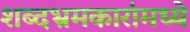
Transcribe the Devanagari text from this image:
शब्दभ्रमकारांमध्ये